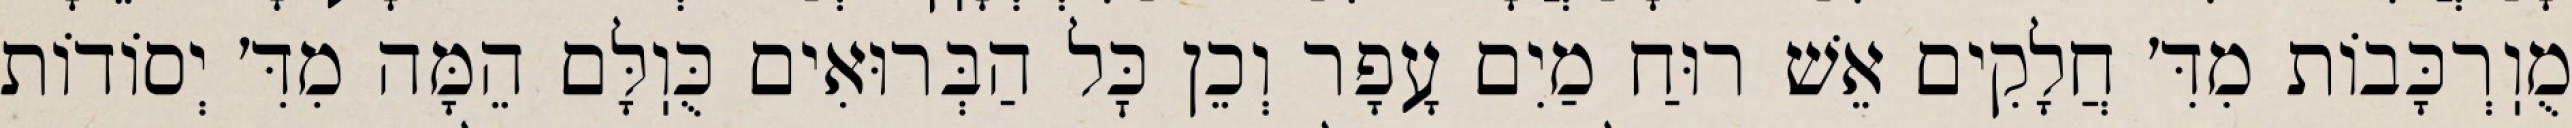
מֻוֽרְכָּבוֹת מִדִּ׳ חֲלָקִים אֵשׁ רוּחַ מַיִם עָפָר וְכֵן כׇּל הַבְּרוּאִים כֻּוֽלָּם הֵמָּה מִדִּ׳ יְסוֹדוֹת